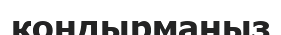
қондырмаңыз